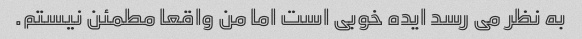
به نظر می رسد ایده خوبی است اما من واقعا مطمئن نیستم.